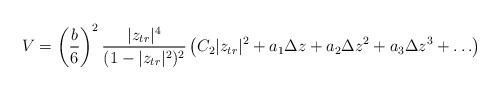
LaTeX: \begin{align*}V = \left(\frac{b}{6}\right)^2 \frac{|z_{tr}|^4}{(1-|z_{tr}|^2)^2} \left( C_2|z_{tr}|^2 +a_1\Delta z +a_2\Delta z^2 +a_3\Delta z^3 + \ldots \right) \end{align*}